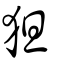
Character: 狚